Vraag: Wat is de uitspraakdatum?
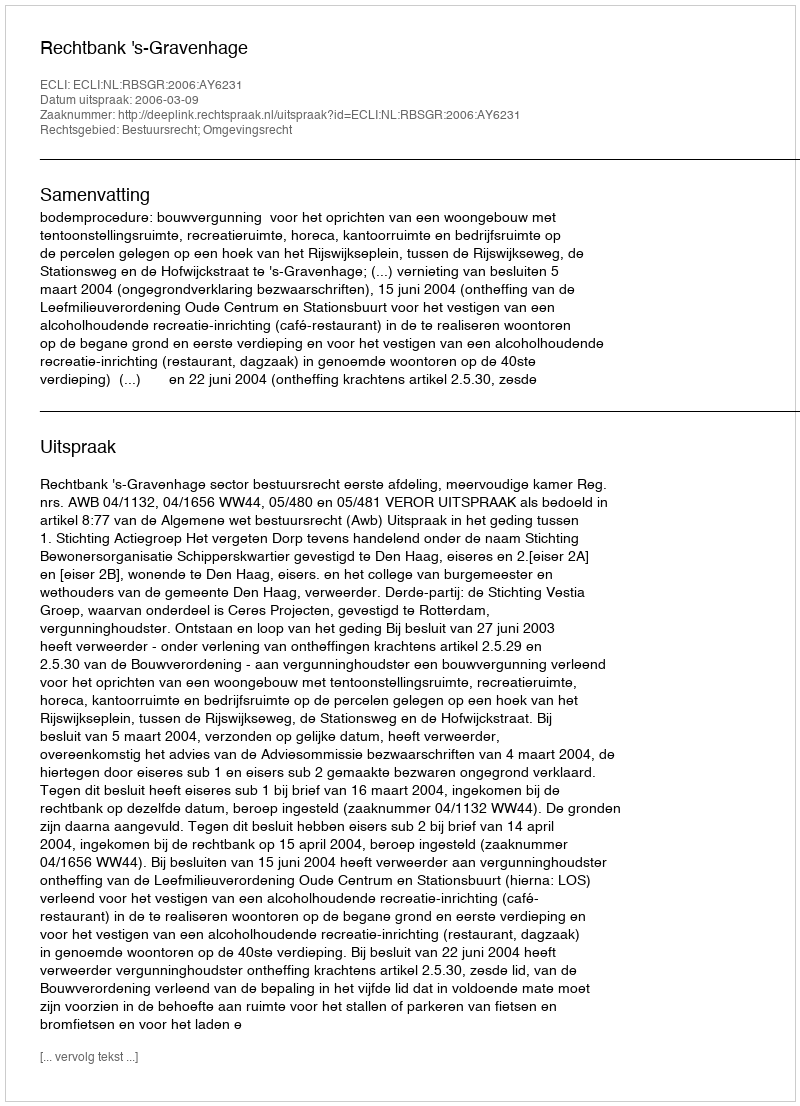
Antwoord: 2006-03-09